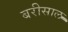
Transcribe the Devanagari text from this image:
बरीसाल